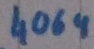
Text: 4069